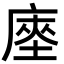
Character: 𢊃